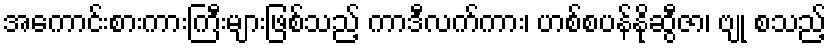
အကောင်းစားကားကြီးများဖြစ်သည့် ကာဒီလက်ကား၊ ဟစ်စပန်နိုဆွီဇာ၊ ဗျု စသည့်